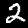
Digit: 2